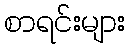
စာရင်းများ